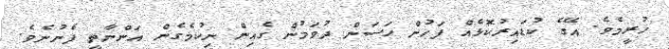
ހުރީމެވެ. އޭގެ ކުޑައިރުކޮޅެއް ފަހުން ހަސަން ދުވަމުން ގެއިން ނިކުމެގެން އަންނާތީ ފެނުނެވެ.